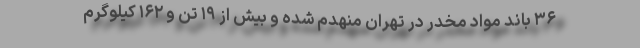
۳۶ باند مواد مخدر در تهران منهدم شده و بیش از ۱۹ تن و ۱۶۲ کیلوگرم